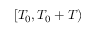
[ T _ { 0 } , T _ { 0 } + T )